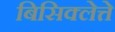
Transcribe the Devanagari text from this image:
बिसिक्लेत्ते